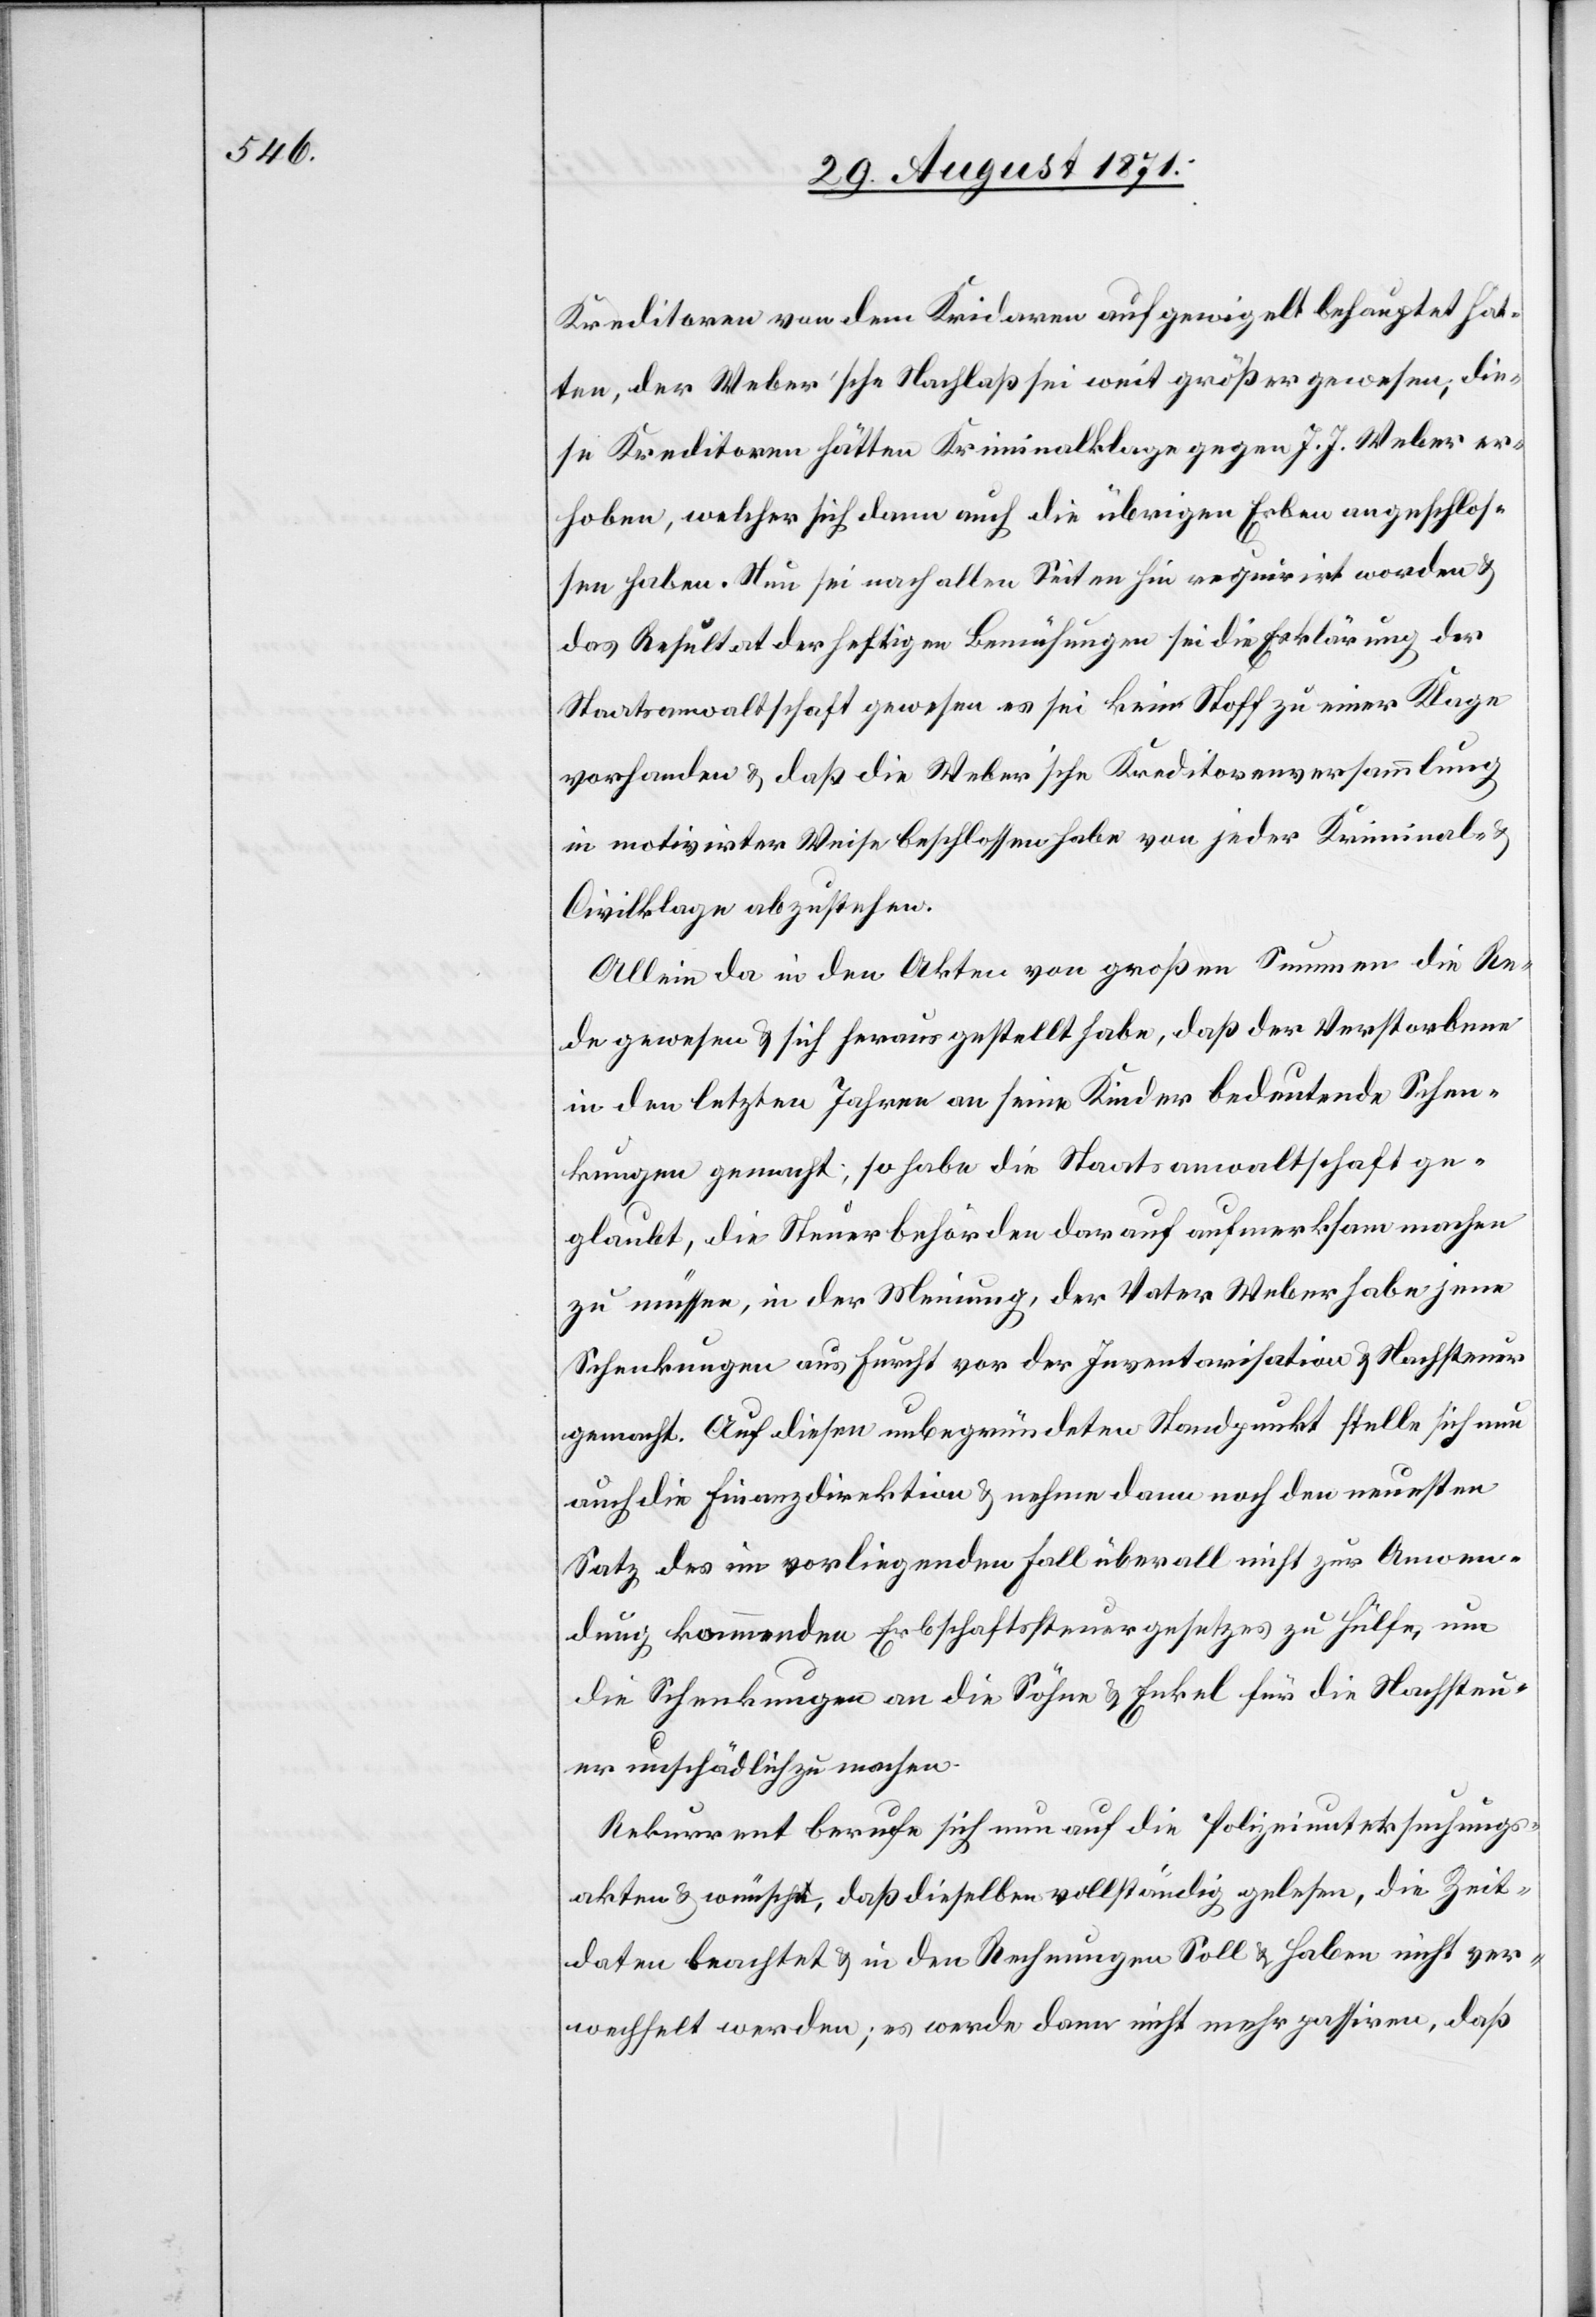
Kreditoren von dem Kridaren aufgewigelt behauptet hät¬
ten, der Weber’sche Nachlaß sei weit größer gewesen, die¬
se Kreditoren hätten Kriminalklage gegen J. J. Weber er¬
hoben, welcher sich dann auch die übrigen Erben angeschlos¬
sen haben. Nun sei nach allen Seiten hin requirirt worden &
das Resultat der heftigen Bemühungen sei die Erklärung der
Staatsanwaltschaft gewesen es sei kein Stoff zu einer Klage
vorhanden & daß die Weber’sche Kreditorenversammlung
in motivirter Weise beschlossen habe von jeder Kriminal-
Civilklage abzustehen.
Allein da in den Akten von großen Summen die Re¬
de gewesen & sich herausgestellt habe, daß der Verstorbene
in den letzten Jahren an seine Kinder bedeutende Schen¬
kungen gemacht; so habe die Staatsanwaltschaft ge¬
glaubt, die Steuerbehörden darauf aufmerksam machen
zu müssen, in der Meinung, der Vater Weber habe jene
Schenkungen aus Furcht vor der Inventarisation & Nachsteuern
gemacht. Auf diesen unbegründeten Standpunkt stelle sich nun
auch die Finanzdirektion & nehme dann noch den neuesten
Satz des im vorliegenden Fall überall nicht zur Anwen¬
dung kommenden Erbschaftssteuergesetztes zu Hülfe, um
die Schenkungen an die Söhne & Enkel für die Nachsteu¬
ern unschädlich zu machen.
Rekurrent berufe sich nun auf die Polizeiuntersuchungs¬
akten & wünsche, daß dieselben vollständig gelesen, die Zeit¬
daten beachtet & in den Rechnungen Soll & Haben nicht ver¬
wechselt werden; es werde dann nicht mehr passiren, daß